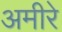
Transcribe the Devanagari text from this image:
अमीरे